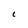
Character: C